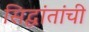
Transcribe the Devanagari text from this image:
सिद्घांतांची